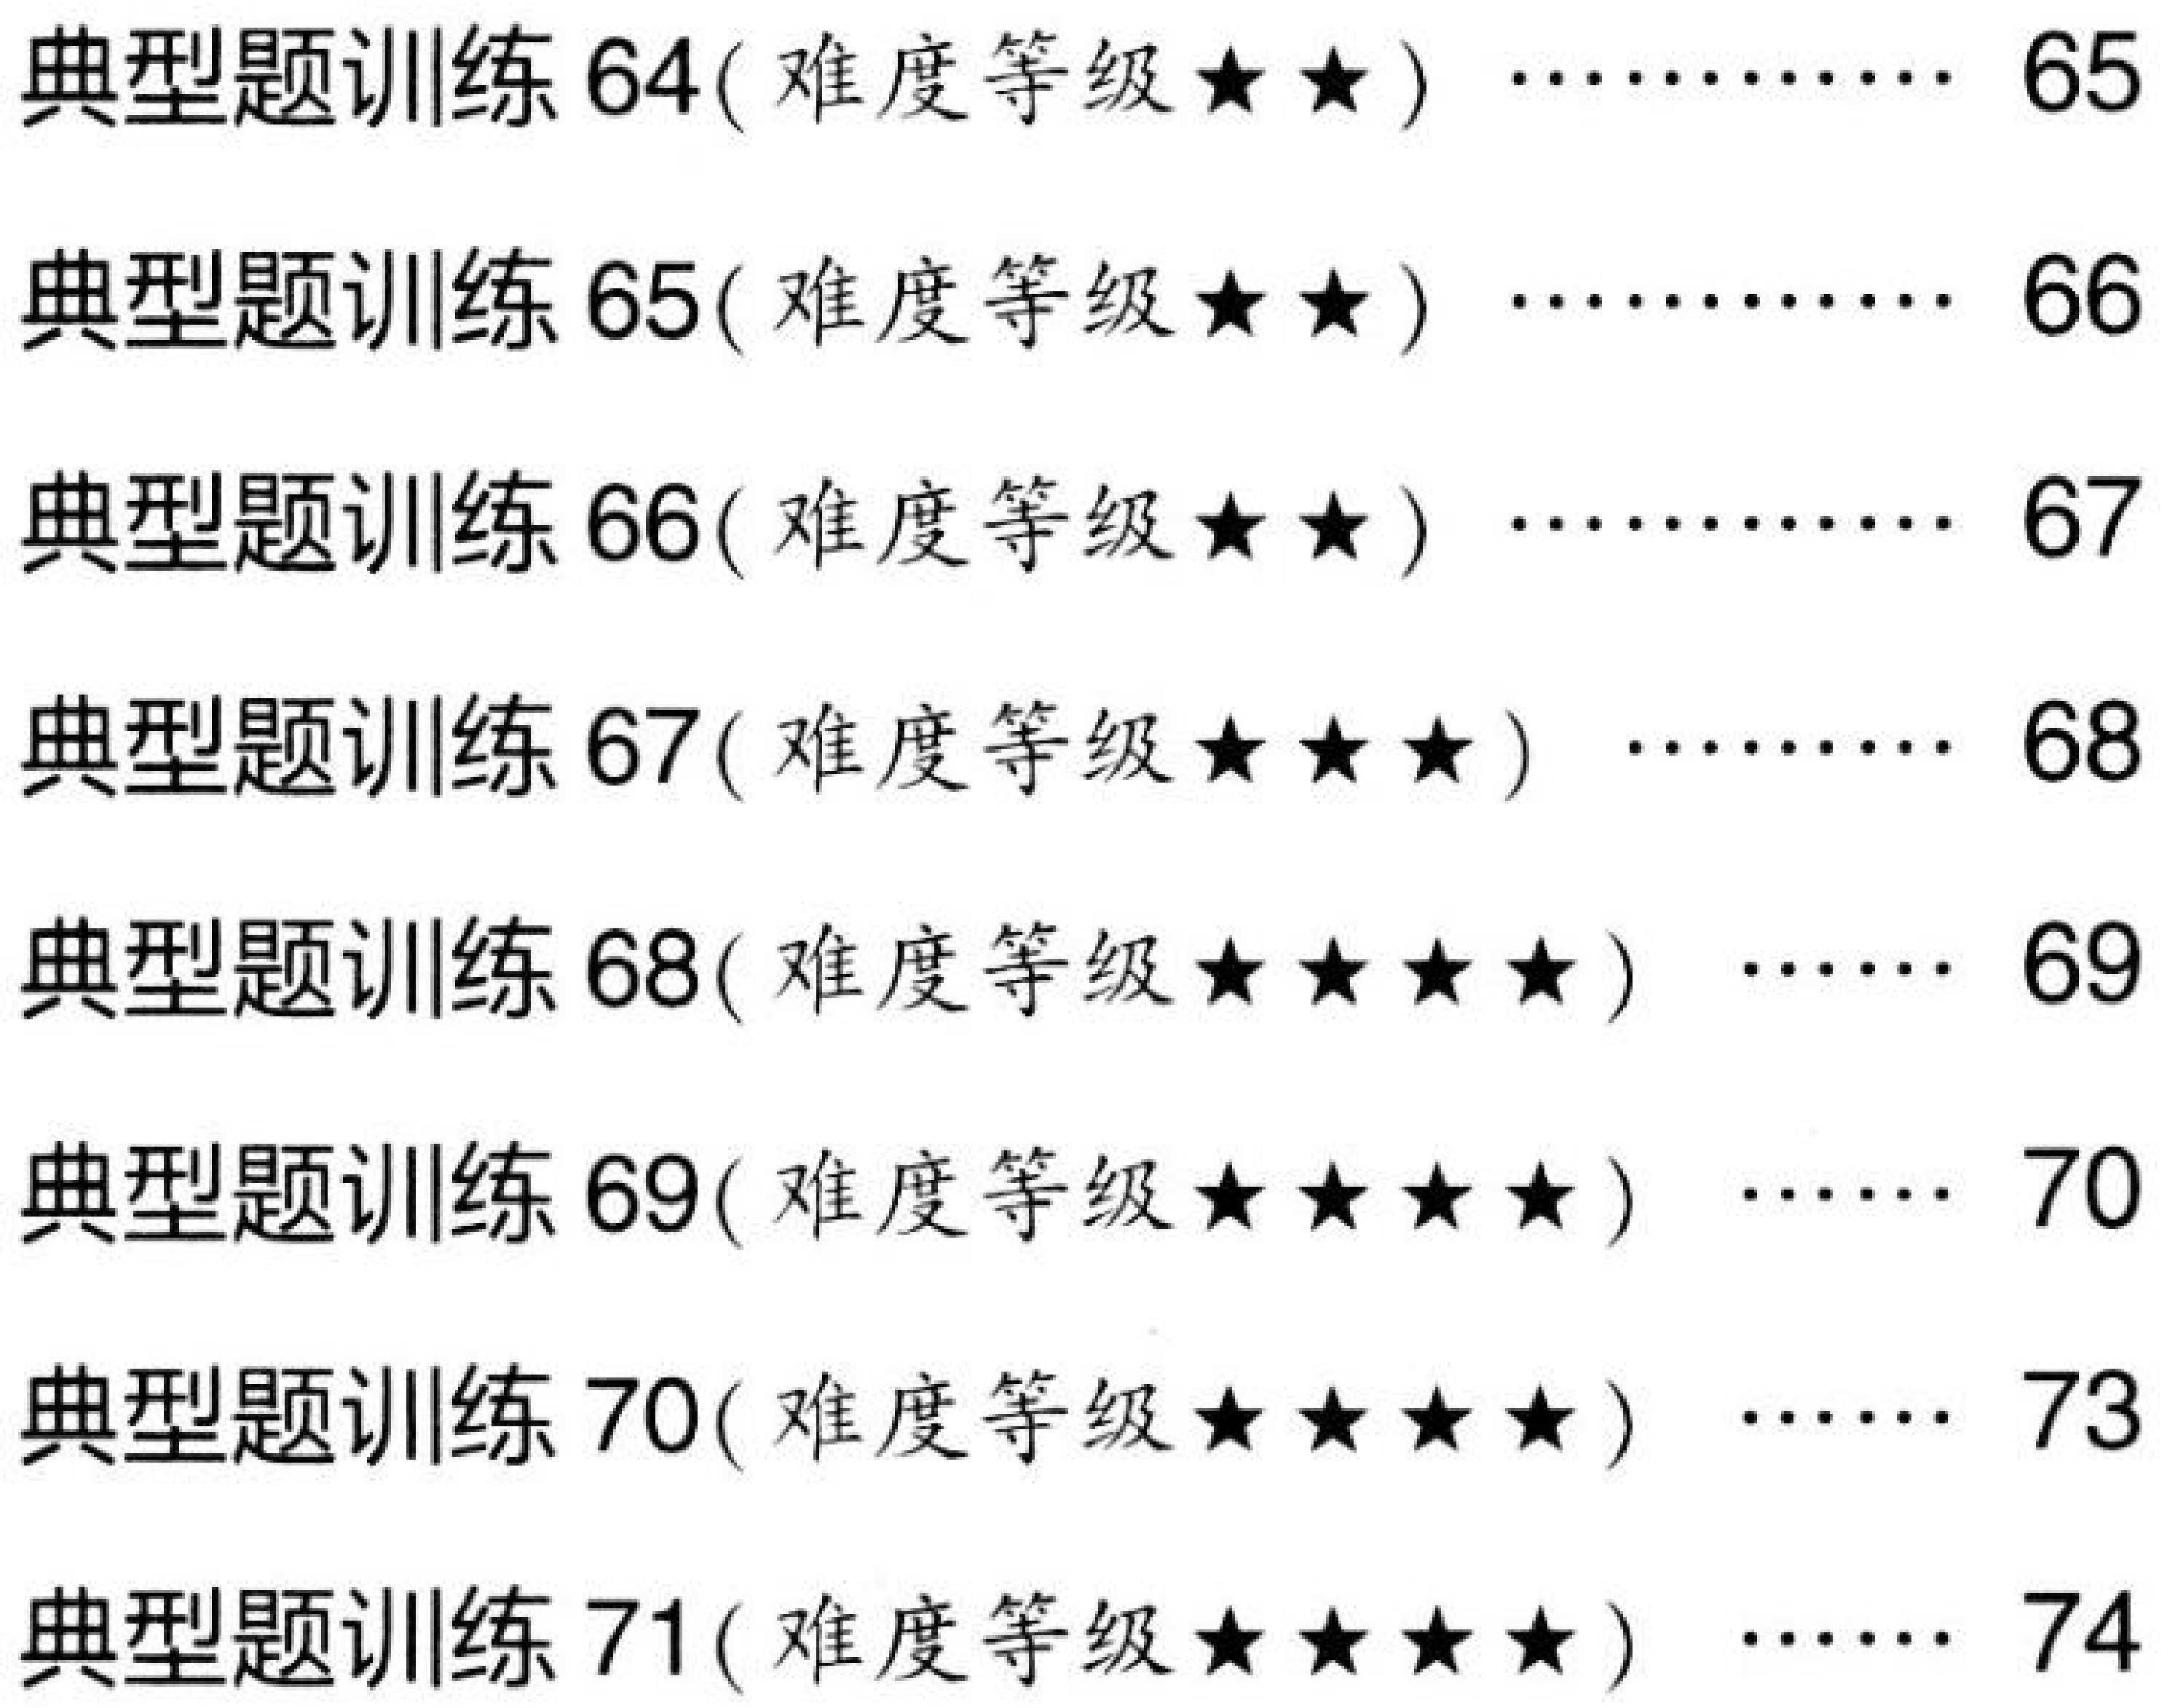
典型题训练64(难度等级★★) ………… 65
典型题训练65(难度等级★★) ………… 66
典型题训练66(难度等级★★) ………… 67
典型题训练67(难度等级★★★) ……… 68
典型题训练68(难度等级★★★★) …… 69
典型题训练69(难度等级★★★★) …… 70
典型题训练70(难度等级★★★★) …… 73
典型题训练71(难度等级★★★★) …… 74